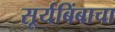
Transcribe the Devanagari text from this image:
सूर्यबिंबाचा